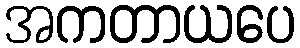
အကတာယပေ